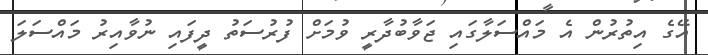
އޭގެ އިތުރުން އެ މައްސަލާގައި ޖަވާބުދާރީ ވުމަށް ފުރުސަތު ދީފައި ނުވާއިރު މައްސަލަ